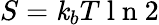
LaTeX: S=\mathit{k}_{b}T\mathrm{{~l~n~}}2